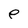
Character: e